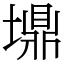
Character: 䵺